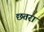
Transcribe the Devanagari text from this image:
छतरा